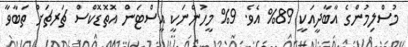
މުސްލިމުންގެ އާބާދީއަކީ 89% އެވެ. 9% މީހުންނަކީ އީސްޓަން އޮތޮޑޮކްސް ޗަރޗަށް ތަބާވާ